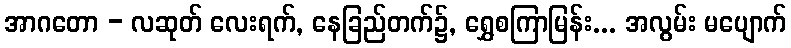
အာဂတော - လဆုတ် လေးရက်, နေခြည်တက်၌, ရွှေစကြာမြန်း... အလွမ်း မပျောက်